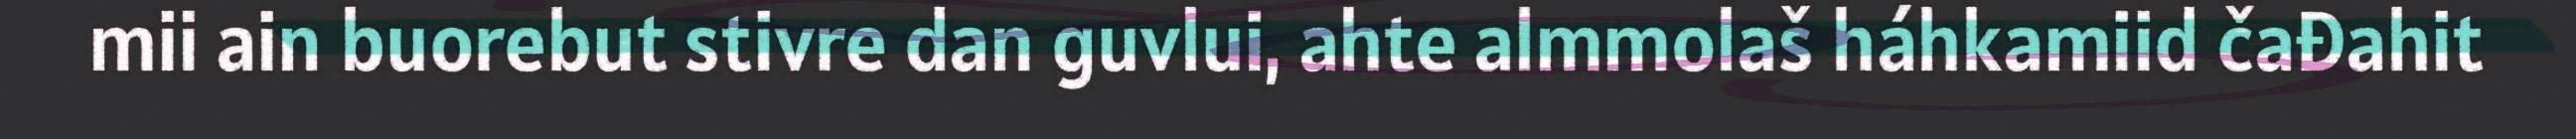
mii ain buorebut stivre dan guvlui, ahte almmolaš háhkamiid čađahit